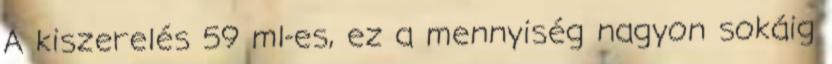
A kiszerelés 59 ml-es, ez a mennyiség nagyon sokáig